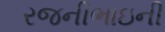
રજનીભાઇની